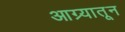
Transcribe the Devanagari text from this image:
आग्र्यातून